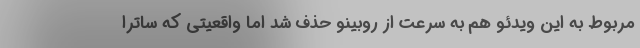
مربوط به این ویدئو هم به سرعت از روبینو حذف شد اما واقعیتی که ساترا